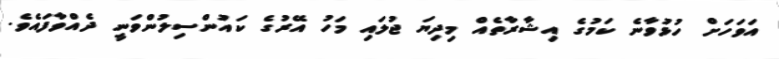
އަވަހަށް ހުޅުވާނެ ކަމުގެ އިޝާރާތެއް މިދިޔަ ޖުލައި މަހު އޭރުގެ ކައުންސިލުންވަނީ ދެއްވާފައެވެ.